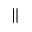
\parallel